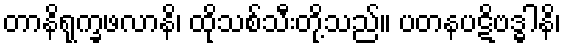
တာနိရုက္ခဖလာနိ၊ ထိုသစ်သီးတို့သည်။ ပတနပဋိဗဒ္ဓါနိ၊